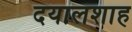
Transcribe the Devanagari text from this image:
दयालशाह